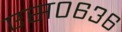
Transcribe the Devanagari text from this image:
एस०६३६